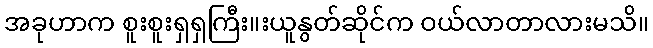
အခုဟာက စူးစူးရှရှကြီး။းယူနွတ်ဆိုင်က ဝယ်လာတာလားမသိ။